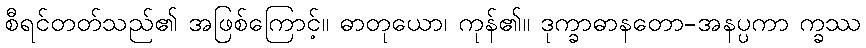
စီရင်တတ်သည်၏ အဖြစ်ကြောင့်။ ဓာတုယော၊ ကုန်၏။ ဒုက္ခာဓာနတော-အနပ္ပကာ က္ခဿ